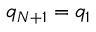
q _ { N + 1 } = q _ { 1 }